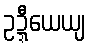
ဥဍ္ဍီယေယျ